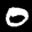
Label: 0